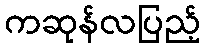
ကဆုန်လပြည့်